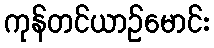
ကုန်တင်ယာဉ်မောင်း